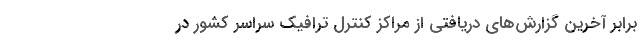
برابر آخرین گزارش‌های دریافتی از مراکز کنترل ترافیک سراسر کشور در